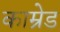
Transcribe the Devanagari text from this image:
काम्रेड